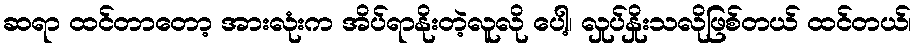
ဆရာ ထင်တာတော့ အားလုံးက အိပ်ရာနိုးတဲ့လူလို ပေါ့၊ လှုပ်နှိုးသလိုဖြစ်တယ် ထင်တယ်၊